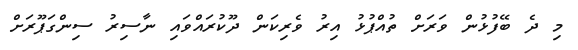
މި ދެ ބޭފުޅުން ވަރަށް ތުއްޕުޅު އިރު ވެރިކަން ދޫކުރައްވައި ނާސިރު ސިންގަޕޫރަށް